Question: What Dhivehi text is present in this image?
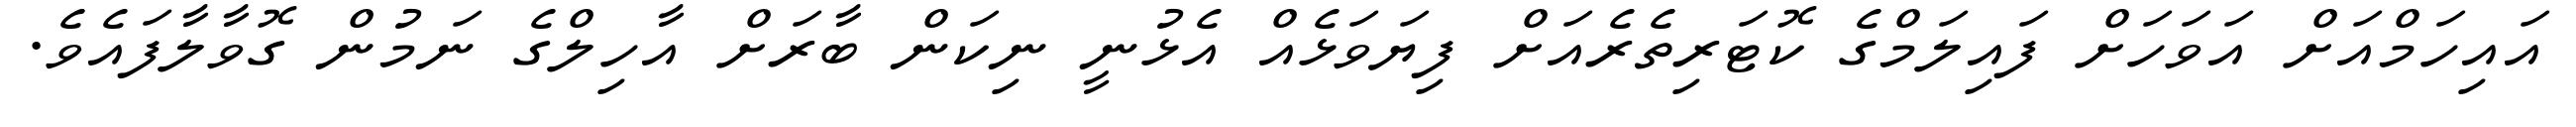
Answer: އައިހަމްއަށް އަވަހަށް ފައިލަމްގެ ކޮޓަރިތެރެއަށް ފިޔަވަޅެއް އެޅުނީ ނިކަން ބާރަށް އާހިލްގެ ނަމުން ގޮވާލާފައެވެ.